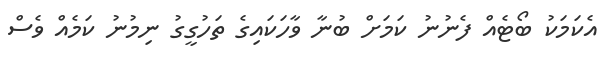
އެކަމަކު ބޯޓެއް ފެނުނު ކަމަށް ބުނާ ވާހަކައިގެ ތަހުގީގު ނިމުނު ކަމެއް ވެސް